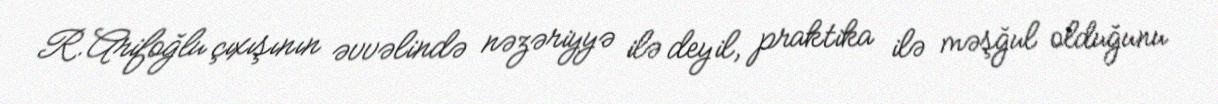
R.Arifoğlu çıxışının əvvəlində nəzəriyyə ilə deyil, praktika ilə məşğul olduğunu